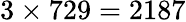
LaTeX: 3\times 729=2187